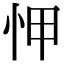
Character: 𢘉